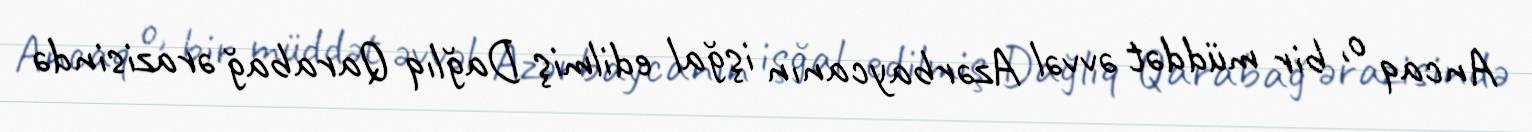
Ancaq o, bir müddət əvvəl Azərbaycanın işğal edilmiş Dağlıq Qarabağ ərazisində